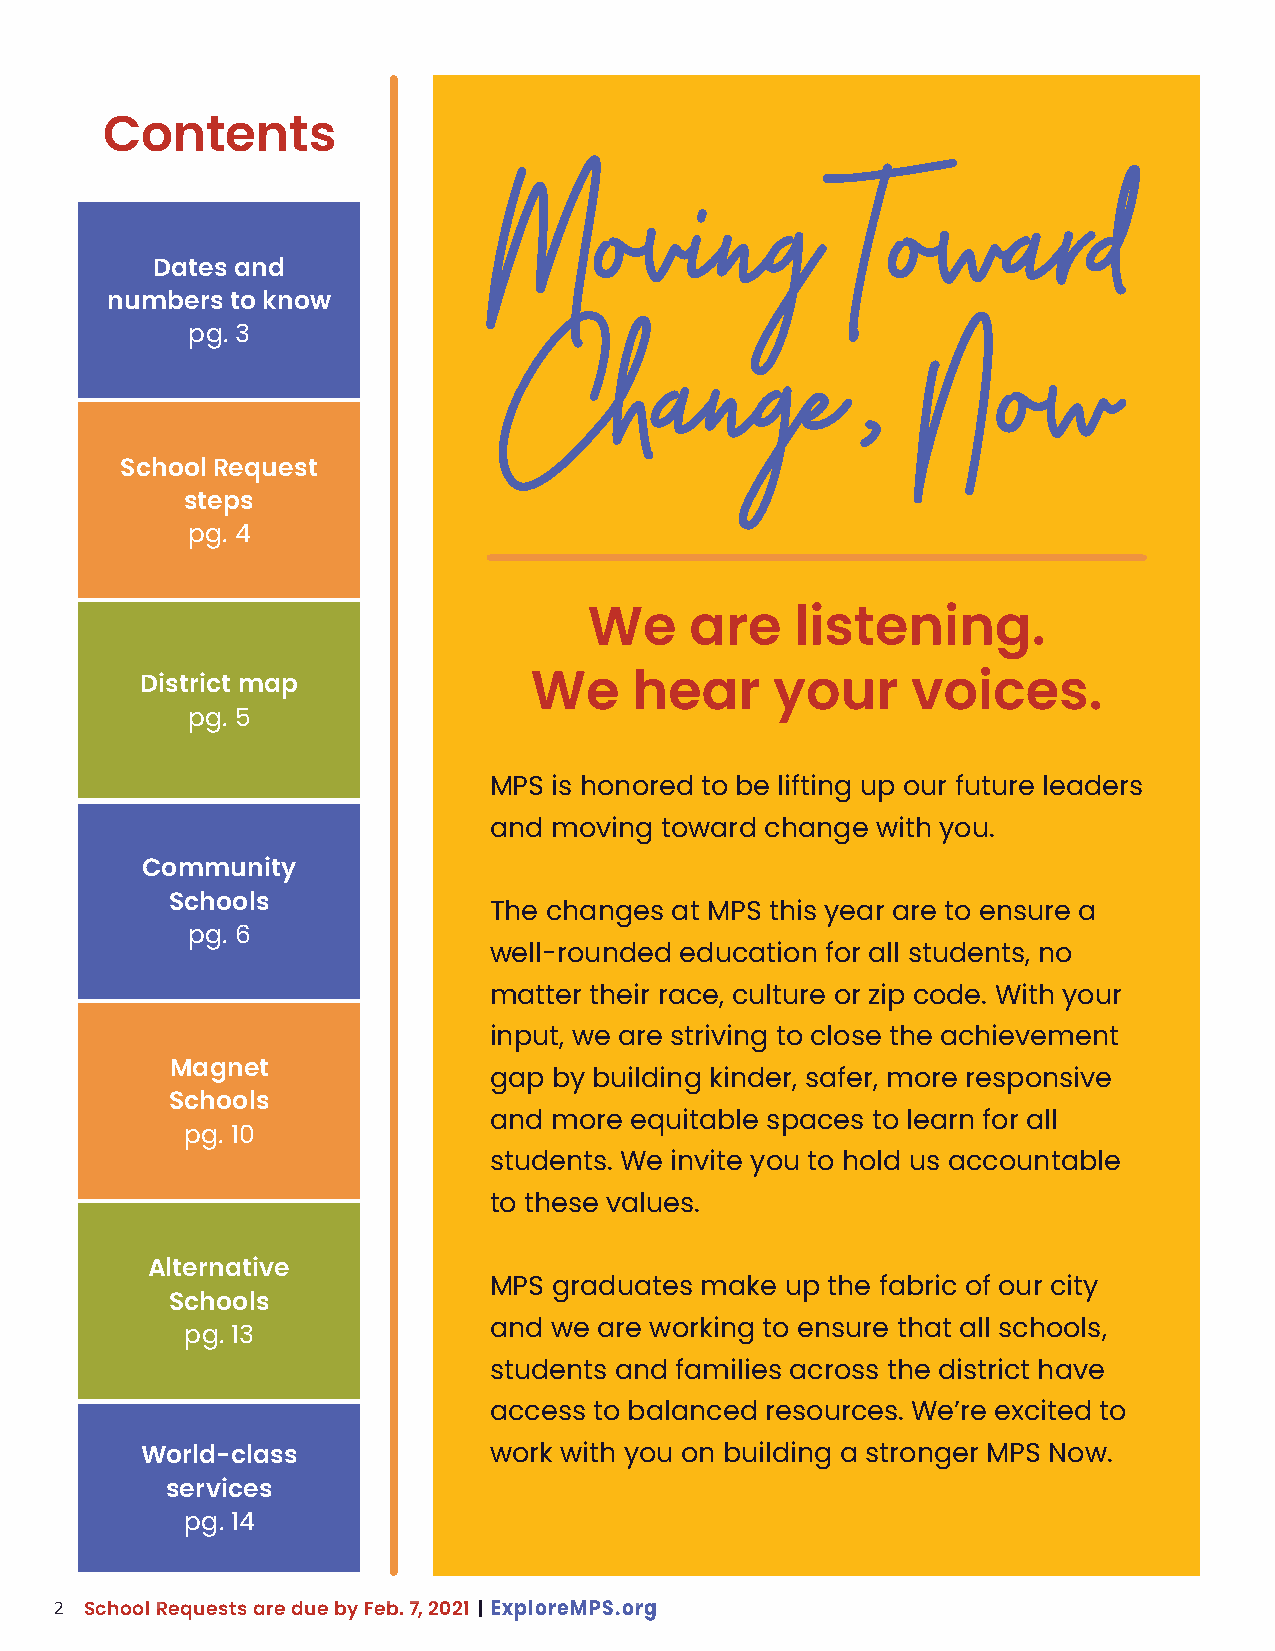
Contents
 Dates and              MMoovviinngg            TToowwaarrdd
 numbers to know
 pg. 3
 CChhaannggee,,             NNooww
 School Request
 steps
 pg. 4
 We     are    listening.
 District map              We     hear     your     voices.
 pg. 5
 MPS  is honored to be lifting up our future leaders
 and moving  toward change with you.
 Community
 Schools
 The changes at MPS this year are to ensure a
 pg. 6
 well-rounded education for all students, no
 matter their race, culture or zip code. With your
 input, we are striving to close the achievement
 Magnet
 gap  by building kinder, safer, more responsive
 Schools
 and more  equitable spaces to learn for all
 pg. 10
 students. We invite you to hold us accountable
 to these values.
 Alternative
 MPS  graduates make up the fabric of our city
 Schools
 and we  are working to ensure that all schools,
 pg. 13
 students and families across the district have
 access to balanced resources. We’re excited to
 World-class            work with you on building a stronger MPS Now.
 services
 pg. 14
 2
 School Requests are due by Feb. 7, 2021 | ExploreMPS.org